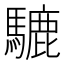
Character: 騼